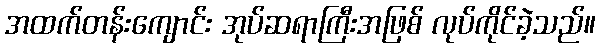
အထက်တန်းကျောင်း အုပ်ဆရာကြီးအဖြစ် လုပ်ကိုင်ခဲ့သည်။